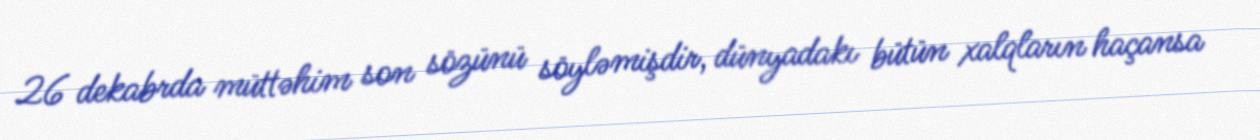
26 dekabrda müttəhim son sözünü söyləmişdir, dünyadakı bütün xalqların haçansa